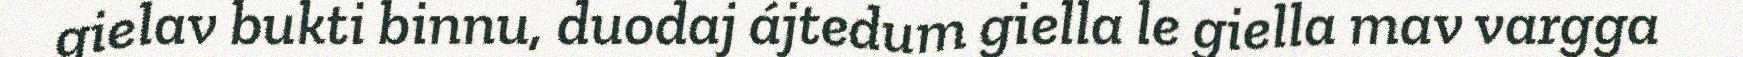
gielav bukti binnu, duodaj ájtedum giella le giella mav vargga